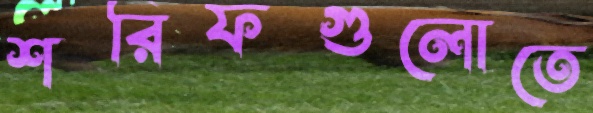
শরিফগুলোতে